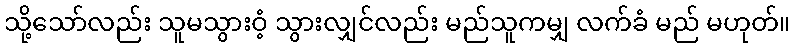
သို့သော်လည်း သူမသွားဝံ့ သွားလျှင်လည်း မည်သူကမျှ လက်ခံ မည် မဟုတ်။